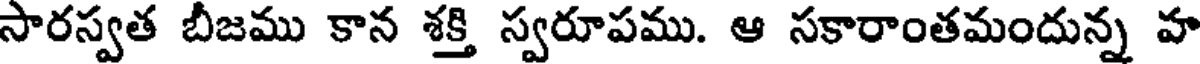
సారస్వత బీజము కాన శక్తి స్వరూపము. ఆ సకారాంతమందున్న హ